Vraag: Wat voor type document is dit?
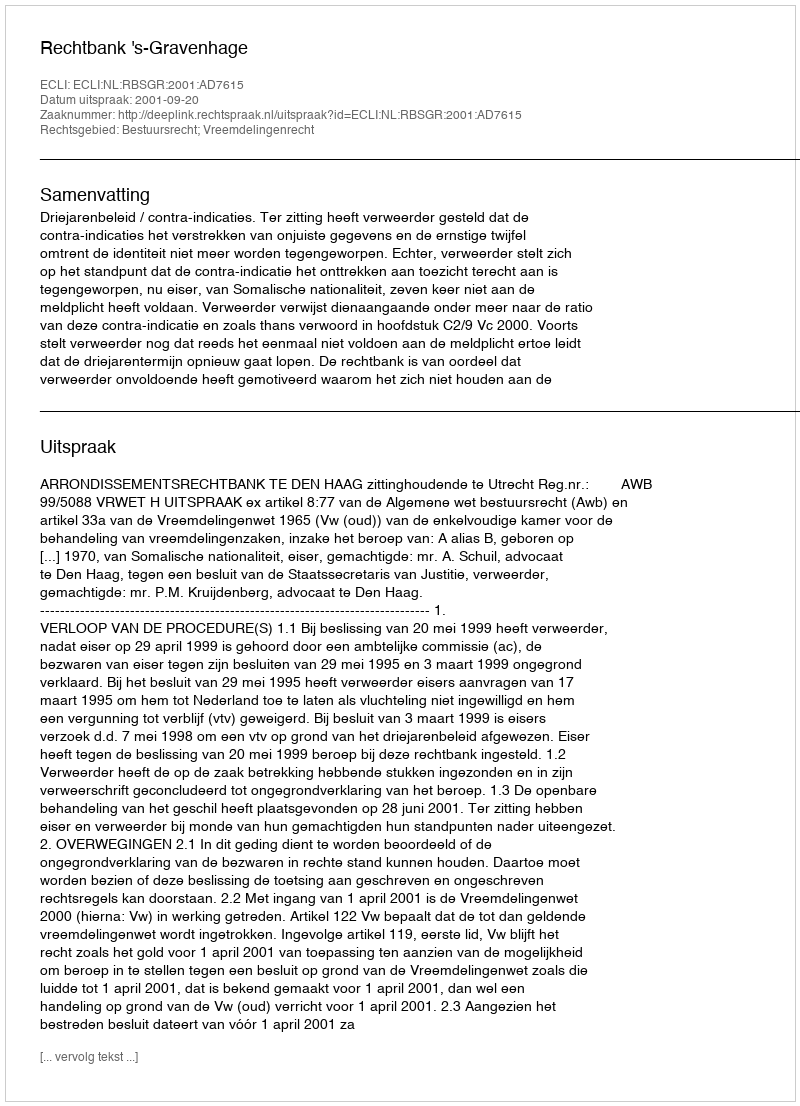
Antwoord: Uitspraak